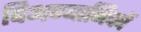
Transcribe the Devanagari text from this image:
विअग्यानिकों